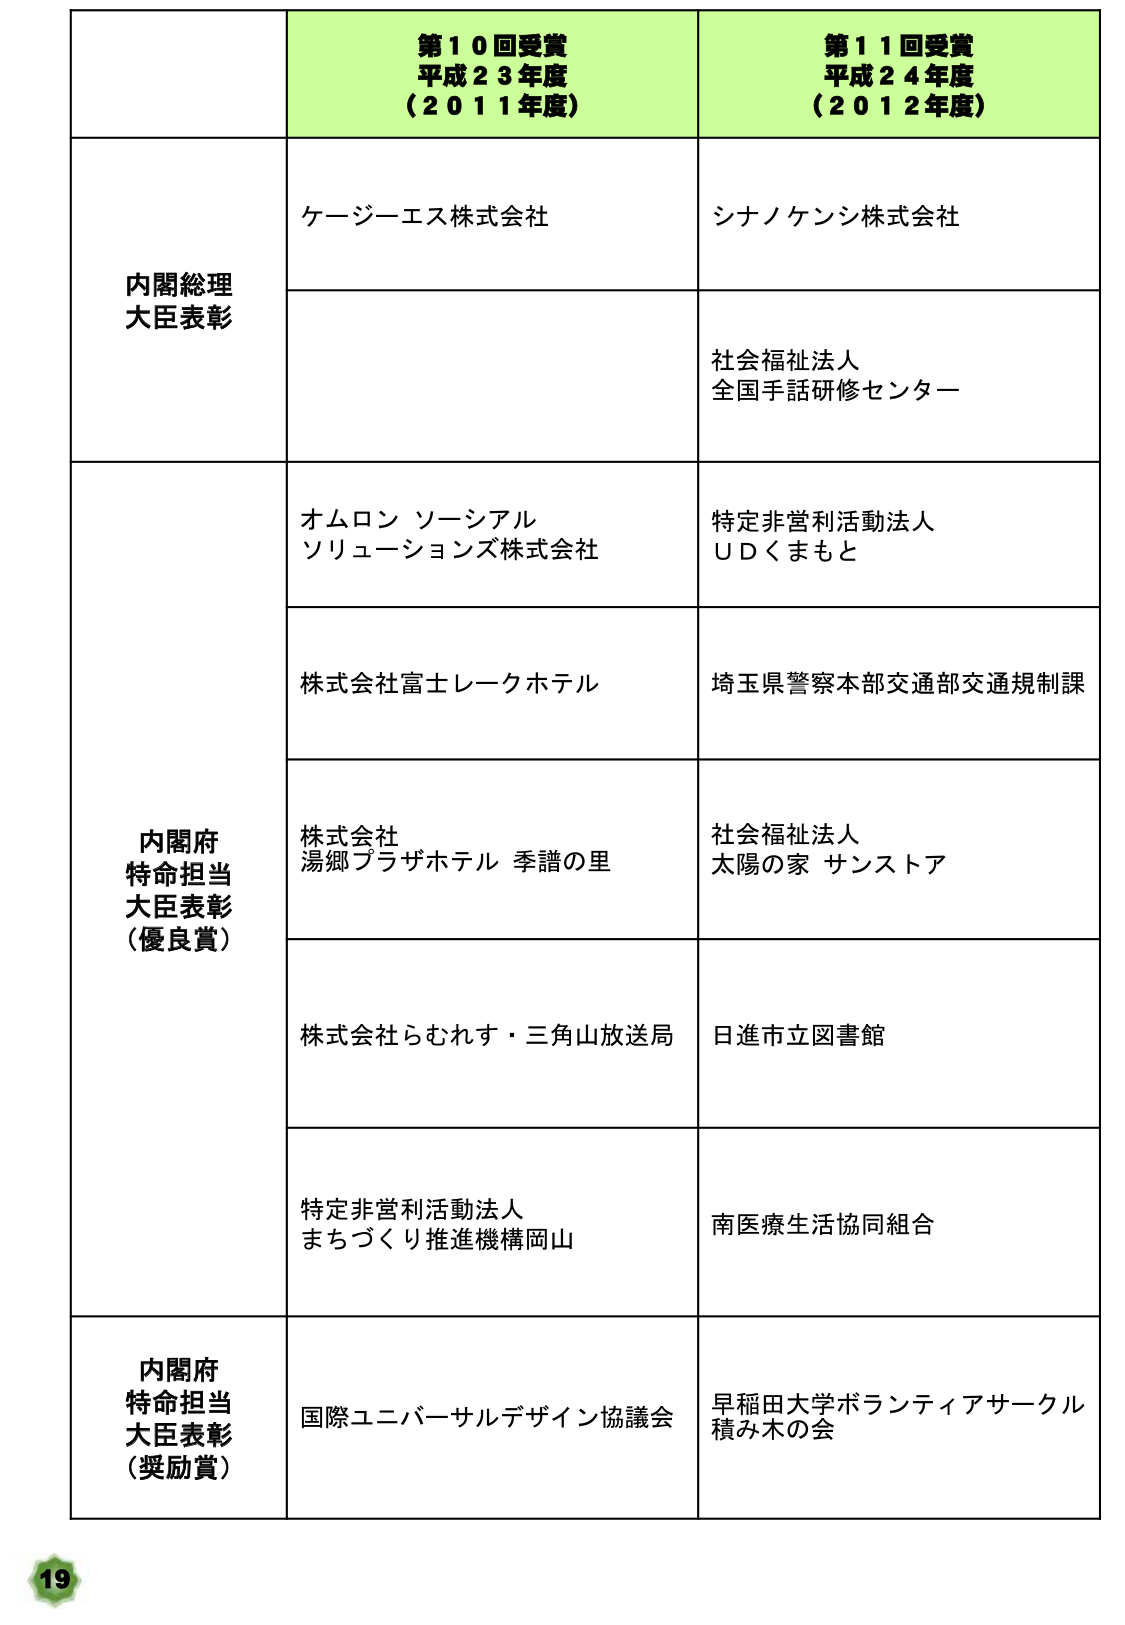
第１０回受賞
平成２３年度
（２０１１年度）

第１１回受賞
平成２４年度
（２０１２年度）

内閣総理大臣表彰
ケージーエス株式会社
シナノケンシ株式会社
社会福祉法人
全国手話研修センター

内閣府特命担当大臣表彰（優良賞）
オムロン ソーシアル
ソリューションズ株式会社
特定非営利活動法人
ＵＤくまもと
株式会社富士レークホテル
埼玉県警察本部交通部交通規制課
株式会社
湯郷プラザホテル 季譜の里
社会福祉法人
太陽の家 サンストア
株式会社らむれす・三角山放送局
日進市立図書館
特定非営利活動法人
まちづくり推進機構岡山
南医療生活協同組合

内閣府特命担当大臣表彰（奨励賞）
国際ユニバーサルデザイン協議会
早稲田大学ボランティアサークル
積み木の会

19